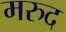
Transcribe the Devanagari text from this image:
मरुद